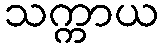
သက္ကာယ